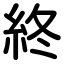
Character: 終